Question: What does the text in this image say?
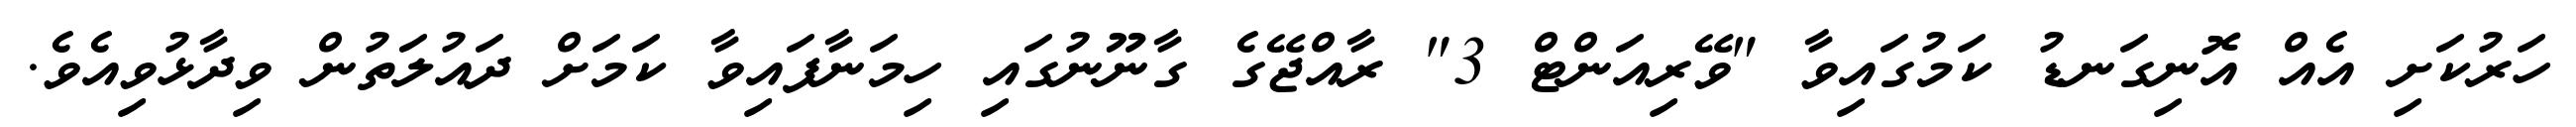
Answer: ހަރުކަށި އެއް އޮނިގަނޑު ކަމުގައިވާ "ވޭރިއަންޓް 3" ރާއްޖޭގެ ގާނޫނުގައި ހިމަނާފައިވާ ކަމަށް ދައުލަތުން ވިދާޅުވިއެވެ.